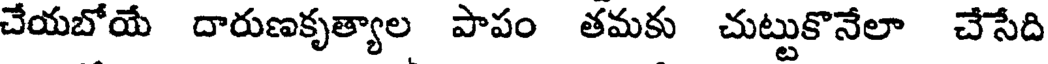
చేయబోయే దారుణకృత్యాల పాపం తమకు చుట్టుకొనేలా చేసేది